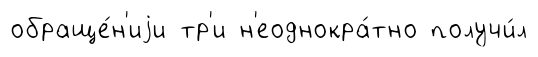
обраще́н'иjи тр'и н'еоднокра́тно получи́л